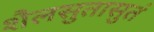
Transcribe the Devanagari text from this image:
शैलसुतासुतं